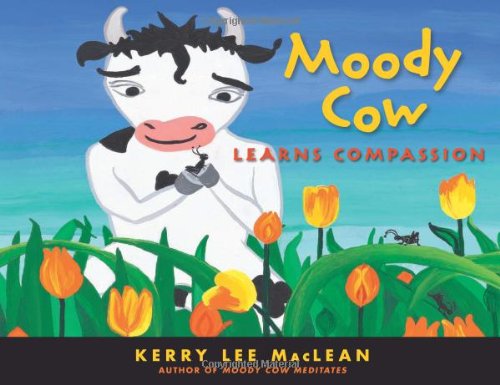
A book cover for Moody Cow Learns Compassion; Kerry Lee MacLean; Children's Books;